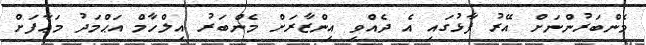
މެންބަރުންނަށް އޭރު ފާޅުގައި އެ ދެއްވި އިންޒާރަށް މެންބަރު އިލްހާމް އަޙްމަދު މަޢާފަށް